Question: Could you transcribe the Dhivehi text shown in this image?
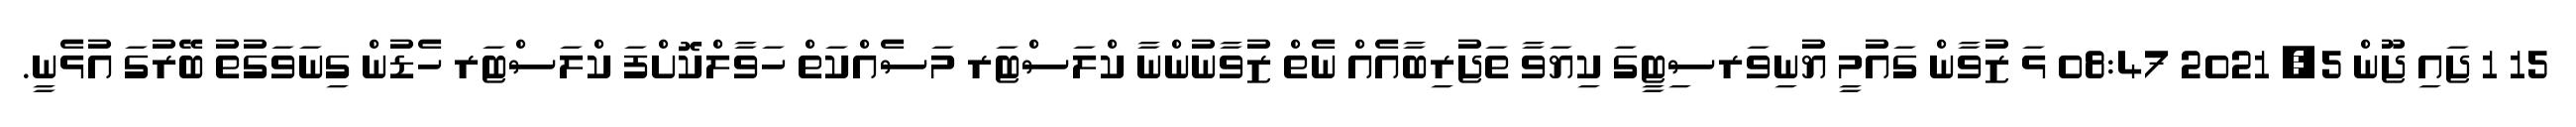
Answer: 15 1 ޖައި ޖޫން 5, 2021 08:47 ޅަ ޒުވާން ގައުމީ ޔުނިވަރސިޓީގަ ކިޔަވާ ތަޖުރިބާއެއް ނެތް ޒުވާނުންނާ ކްލަސްޓަރ މަސެއްކަތް ހަވާލްކޮށްފަ ކްލަސްޓަރ ހެޑުން ގިނަވަގުތު ބޭރުގަ އުޅެނީ.